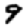
Digit: 9